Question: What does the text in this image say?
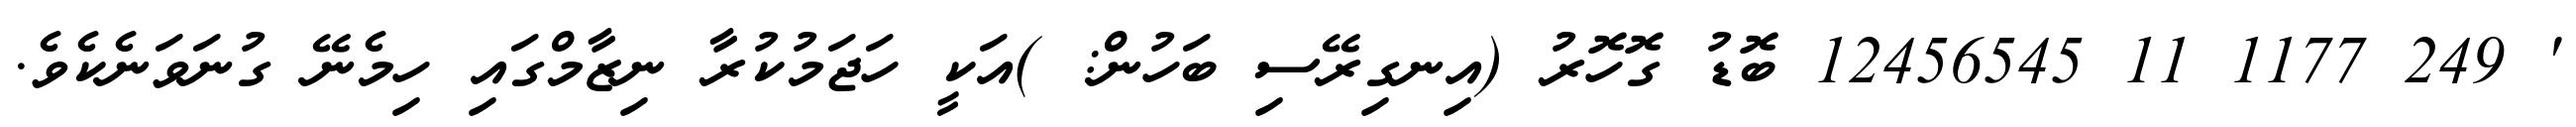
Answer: ' 249 1177 11 12456545 ބޮޑު ގޮހޮރު (އިނގިރޭސި ބަހުން: )އަކީ ހަޖަމުކުރާ ނިޒާމްގައި ހިމެނޭ ގުނަވަނެކެވެ.